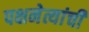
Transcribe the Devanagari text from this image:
पक्षनेत्यांची